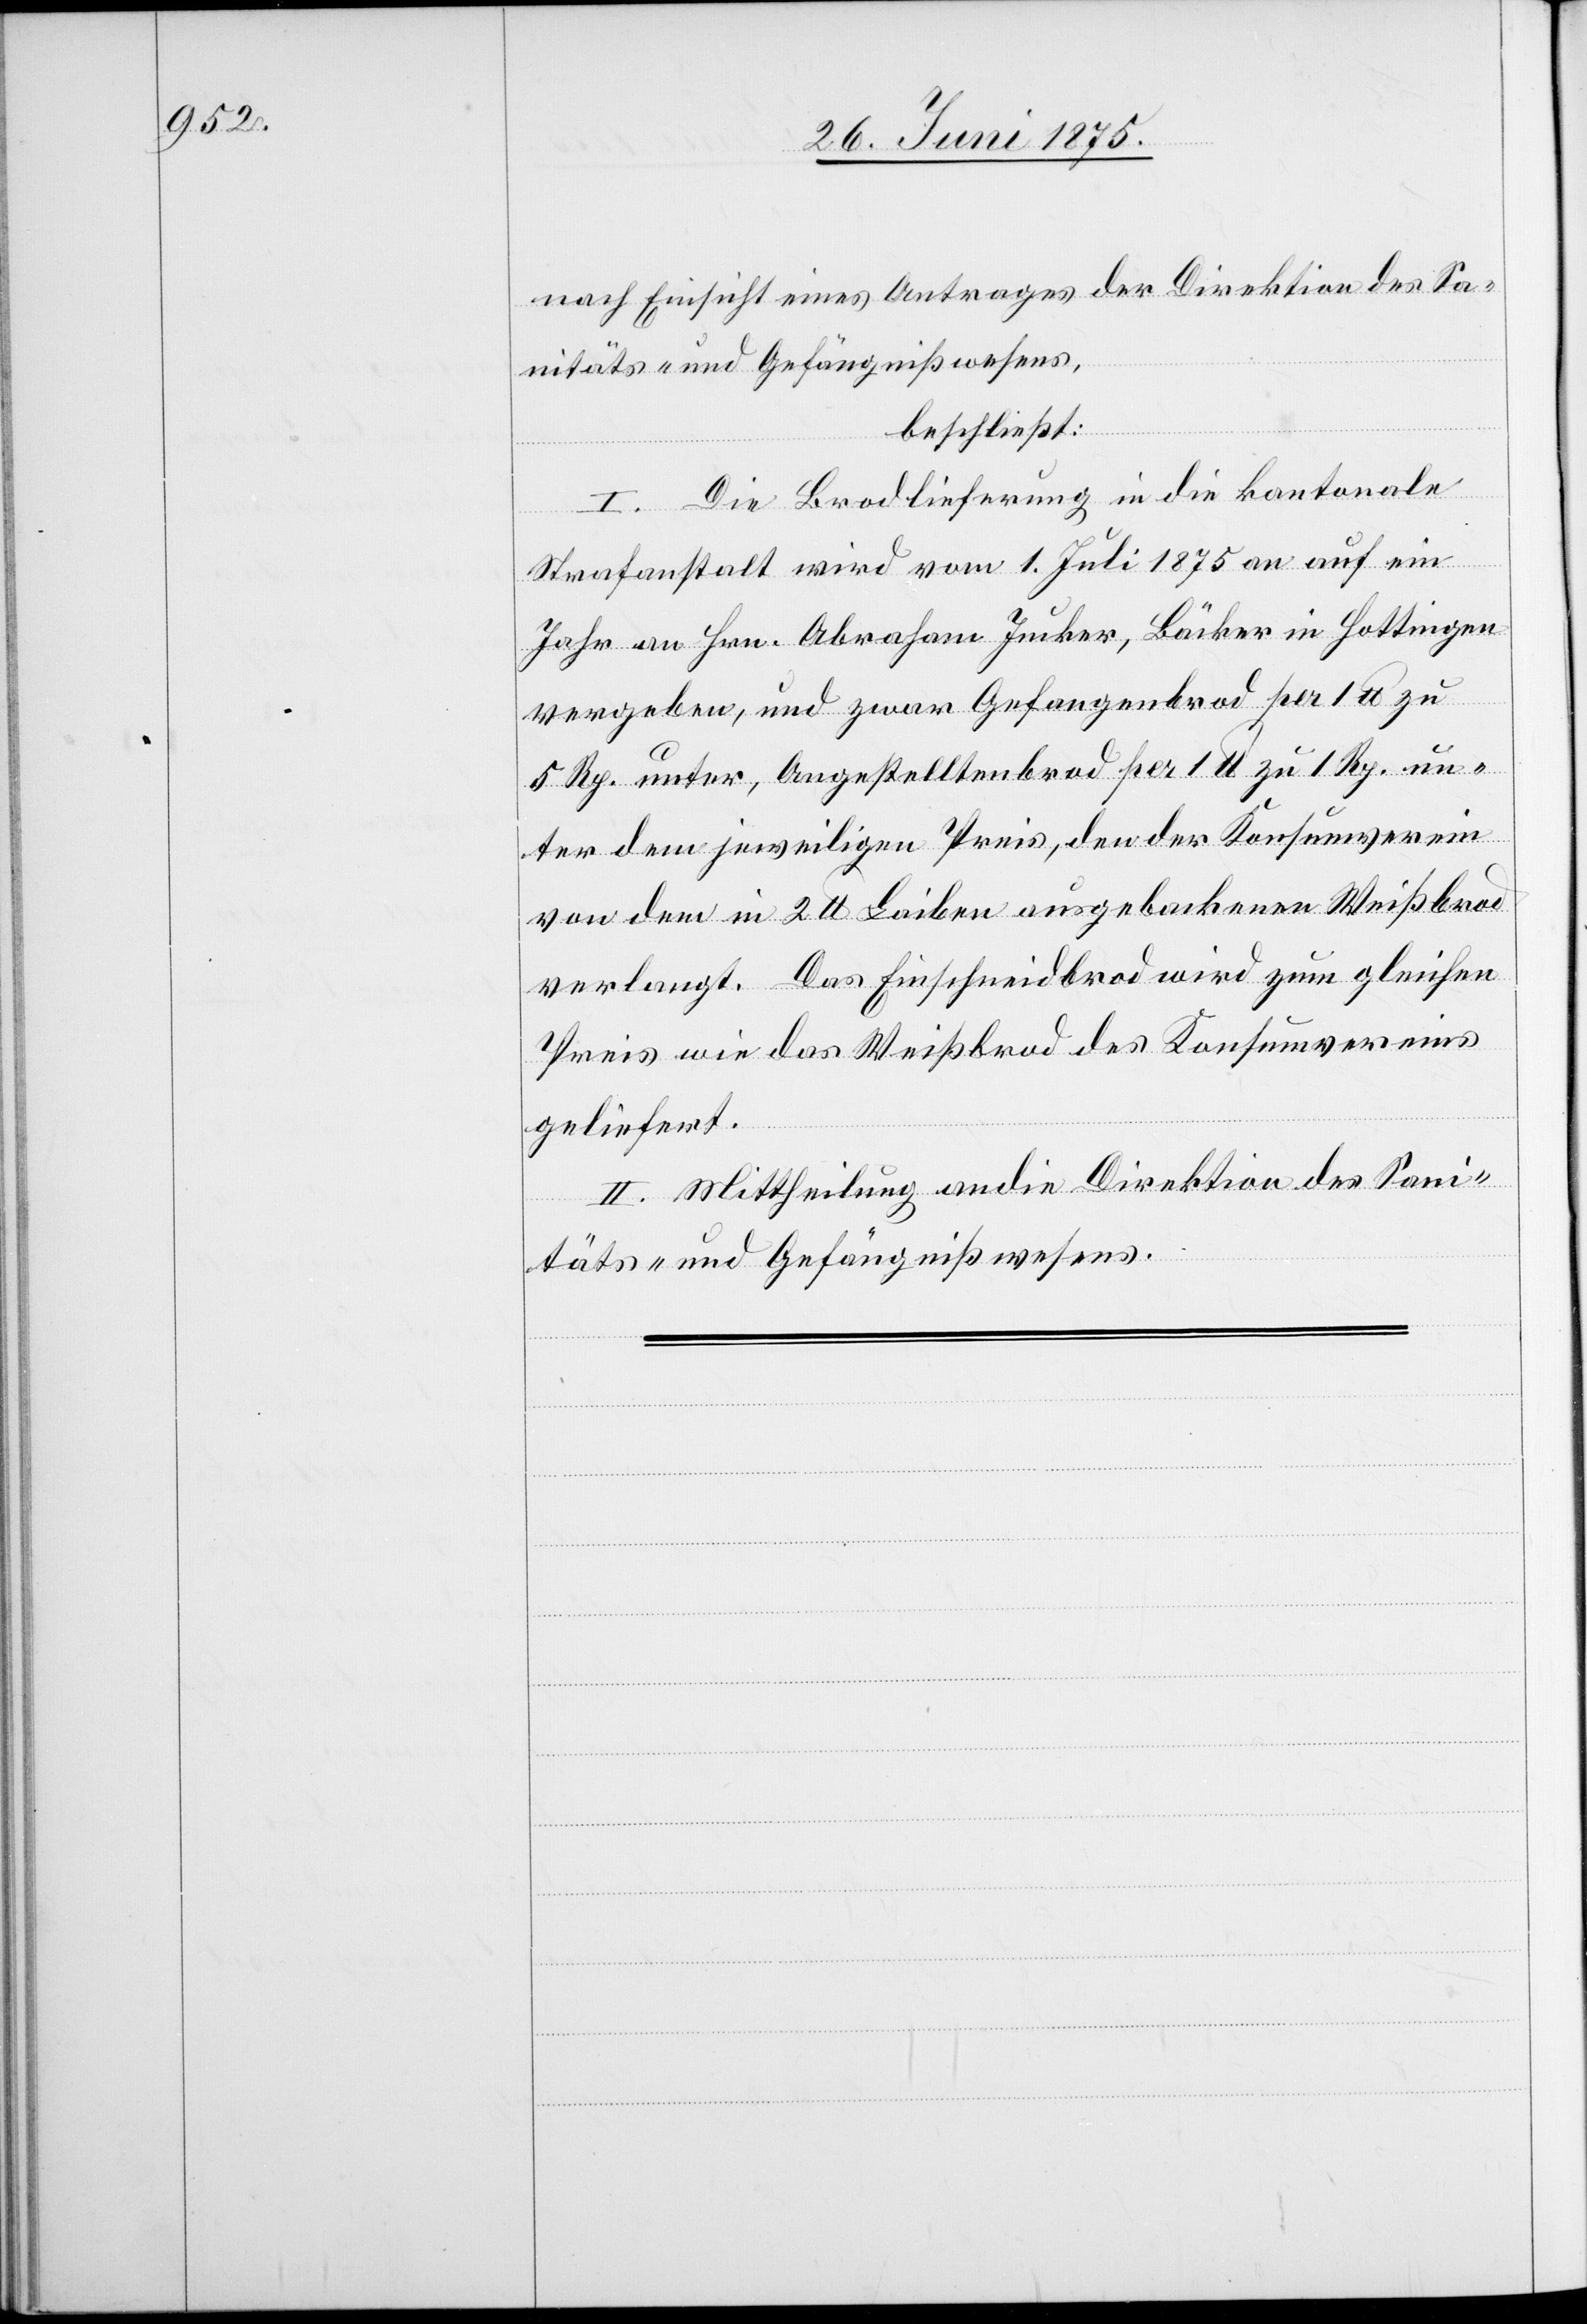
nach Einsicht eines Antrags der Direktion des Sa¬
nitäts- und Gefängnißwesens,
beschließt:
I. Die Brodlieferung in die kantonale
Strafanstalt wird vom 1. Juli 1875 an auf ein
Jahr an Hrn. Abraham Jucker, Bäcker in Hottingen
vergeben, und zwar Gefangenbrod per 1 U zu
5 Rp. unter, Angestelltenbrod per 1 U zu 1 Rp. un¬
ter dem jeweiligen Preis, den der Konsumverein
von dem in 2 U Laiben ausgebackenen Weißbrod
verlangt. Das Einschneidbrod wird zum gleichen
Preis wie das Weißbrod des Konsumvereins
geliefert.
II. Mittheilung an die Direktion des Sani¬
täts- und Gefängnißwesens.